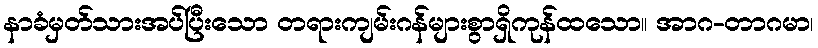
နာခံမှတ်သားအပ်ပြီးသော တရားကျမ်းဂန်များစွာရှိကုန်ထသော။ အာဂ-တာဂမာ၊